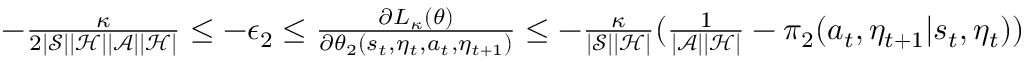
\begin{array} { r } { - \frac { \kappa } { 2 | \mathcal { S } | | \mathcal { H } | | \mathcal { A } | | \mathcal { H } | } \le - \epsilon _ { 2 } \le \frac { \partial L _ { \kappa } ( \theta ) } { \partial \theta _ { 2 } ( s _ { t } , \eta _ { t } , a _ { t } , \eta _ { t + 1 } ) } \le - \frac { \kappa } { | \mathcal { S } | | \mathcal { H } | } ( \frac { 1 } { | \mathcal { A } | | \mathcal { H } | } - \pi _ { 2 } ( a _ { t } , \eta _ { t + 1 } | s _ { t } , \eta _ { t } ) ) } \end{array}